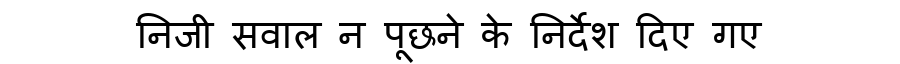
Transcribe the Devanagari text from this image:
निजी सवाल न पूछने के निर्देश दिए गए